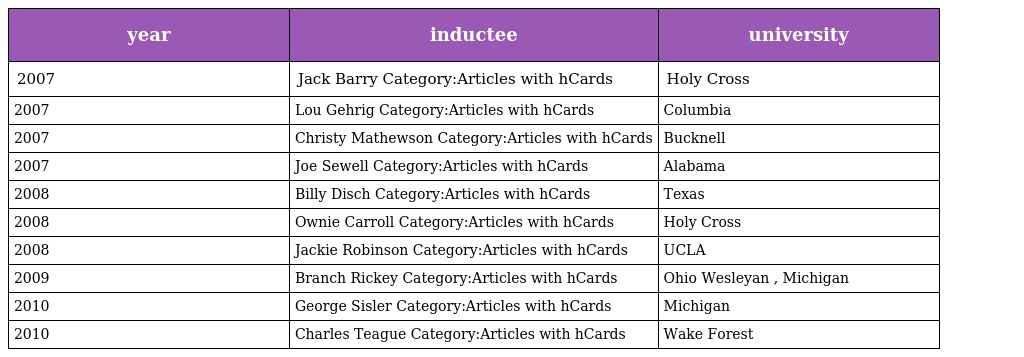
| year | inductee | university |
 | --- | --- | --- |
 | 2007 | Jack Barry Category:Articles with hCards | Holy Cross |
 | 2007 | Lou Gehrig Category:Articles with hCards | Columbia |
 | 2007 | Christy Mathewson Category:Articles with hCards | Bucknell |
 | 2007 | Joe Sewell Category:Articles with hCards | Alabama |
 | 2008 | Billy Disch Category:Articles with hCards | Texas |
 | 2008 | Ownie Carroll Category:Articles with hCards | Holy Cross |
 | 2008 | Jackie Robinson Category:Articles with hCards | UCLA |
 | 2009 | Branch Rickey Category:Articles with hCards | Ohio Wesleyan , Michigan |
 | 2010 | George Sisler Category:Articles with hCards | Michigan |
 | 2010 | Charles Teague Category:Articles with hCards | Wake Forest |